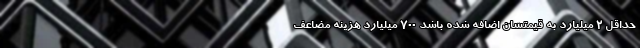
حداقل 2 میلیارد به قیمتشان اضافه شده باشد 700 میلیارد هزینه مضاعف